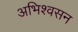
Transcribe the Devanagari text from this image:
अभिश्वसन